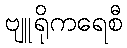
ဗျူရိုကရေစီ